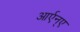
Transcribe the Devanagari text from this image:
आर्एन्ए